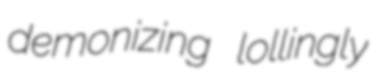
demonizing lollingly